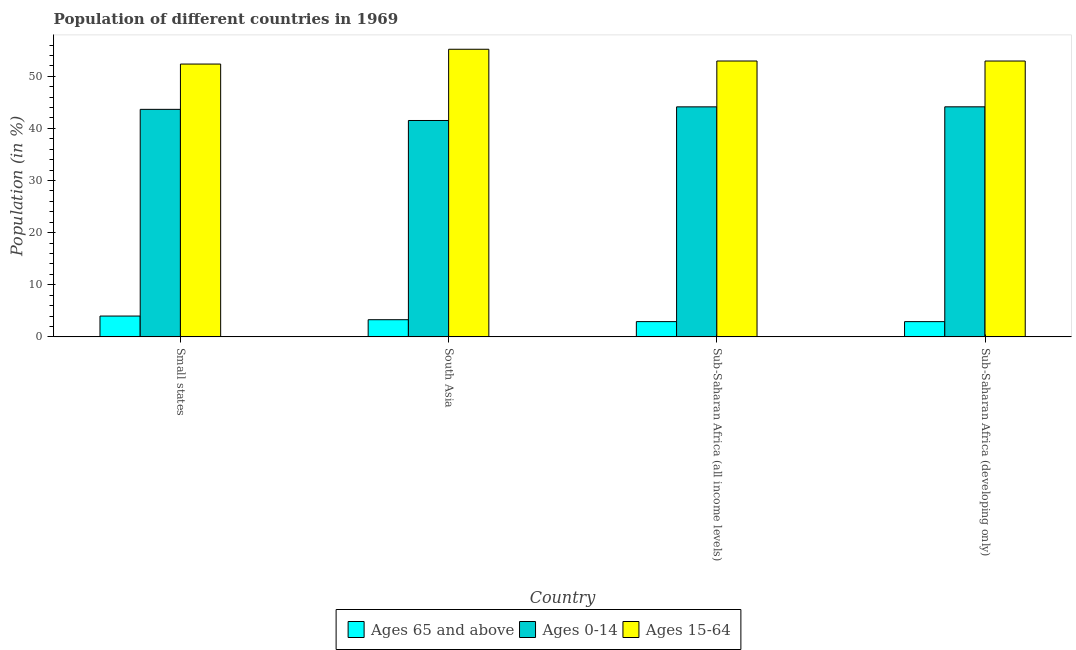
| Country | Ages 65 and above | Ages 0-14 | Ages 15-64 |
 | --- | --- | --- | --- |
 | Small states | 3.99 | 43.7 | 52.3 |
 | South Asia | 3.29 | 41.5 | 55.2 |
 | Sub-Saharan Africa (all income levels) | 2.93 | 44.1 | 52.9 |
 | Sub-Saharan Africa (developing only) | 2.93 | 44.1 | 52.9 |